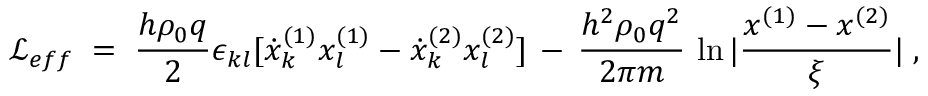
{ \mathcal L } _ { e f f } \; = \; \frac { h \rho _ { 0 } q } { 2 } \epsilon _ { k l } [ \dot { x } _ { k } ^ { ( 1 ) } x _ { l } ^ { ( 1 ) } - \dot { x } _ { k } ^ { ( 2 ) } x _ { l } ^ { ( 2 ) } ] \, - \, \frac { h ^ { 2 } \rho _ { 0 } q ^ { 2 } } { 2 \pi m } \, \ln | \frac { x ^ { ( 1 ) } - x ^ { ( 2 ) } } { \xi } | \; ,